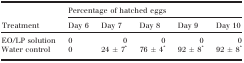
<table><thead><tr><td rowspan="2"><b>Treatment</b></td><td colspan="5"><b>Percentage of hatched eggs</b></td></tr><tr><td><b>Day 6</b></td><td><b>Day 7</b></td><td><b>Day 8</b></td><td><b>Day 9</b></td><td><b>Day 10</b></td></tr></thead><tbody><tr><td>EO/LP solution</td><td>0</td><td>0</td><td>0</td><td>0</td><td>0</td></tr><tr><td>Water control</td><td>0</td><td>24 ± 7*</td><td>76 ± 4*</td><td>92 ± 8*</td><td>92 ± 8*</td></tr></tbody></table>